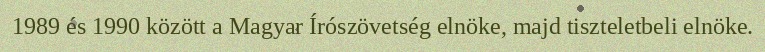
1989 és 1990 között a Magyar Írószövetség elnöke, majd tiszteletbeli elnöke.